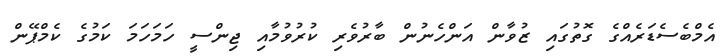
އެމްބެސެޑަރެއްގެ ގޮތުގައި ޒުވާން އަންހެނުން ބާރުވެރި ކުރުވުމާއި ޖިންސީ ހަމަހަމަ ކަމުގެ ކެމްޕޭން